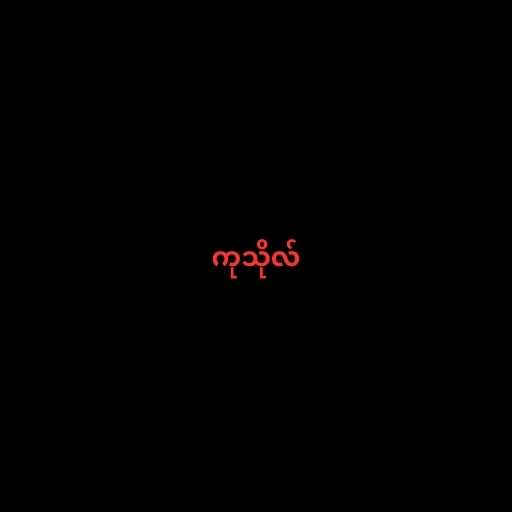
ကုသိုလ်